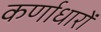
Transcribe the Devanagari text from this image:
कर्णाधारों